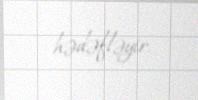
hədəfləyir.